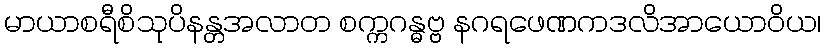
မာယာစရီစိသုပိနန္တအလာတ စက္ကဂန္ဓဗ္ဗ နဂရဖေဏကဒလိအာယောဝိယ၊